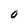
Character: 0